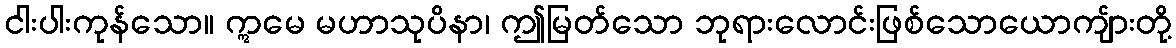
ငါးပါးကုန်သော။ ဣမေ မဟာသုပိနာ၊ ဤမြတ်သော ဘုရားလောင်းဖြစ်သောယောကျ်ားတို့